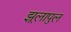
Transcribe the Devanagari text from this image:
झूलापुल